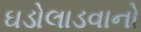
ઘડોલાડવાનો